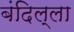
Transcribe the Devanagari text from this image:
बंदिल्ला